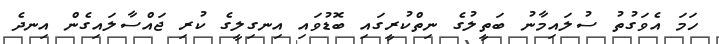
ހަމަ އެވަގުތު ސުލައިމާނު ބަތީލުގެ ނިތްކުރީގައި ބޮޑުވައި އިނގިލީގެ ކުރި ޖައްސާލައިގެން އިނދެ